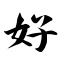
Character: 好